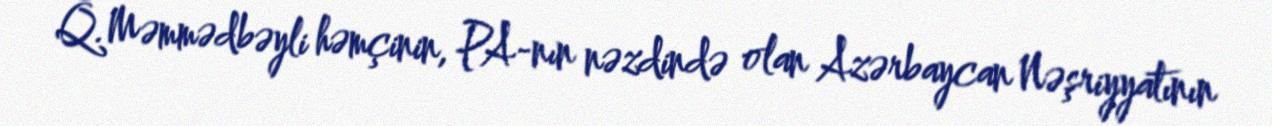
Q.Məmmədbəyli həmçinin, PA-nın nəzdində olan Azərbaycan Nəşriyyatının